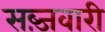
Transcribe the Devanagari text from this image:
सब्ज़वारी